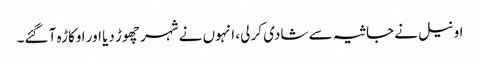
اونیل نے جاثیہ سے شادی کر لی، انہوں نے شہر چھوڑ دیا اور اوکاڑہ آ گئے۔